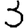
Digit: 3